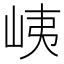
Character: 峓